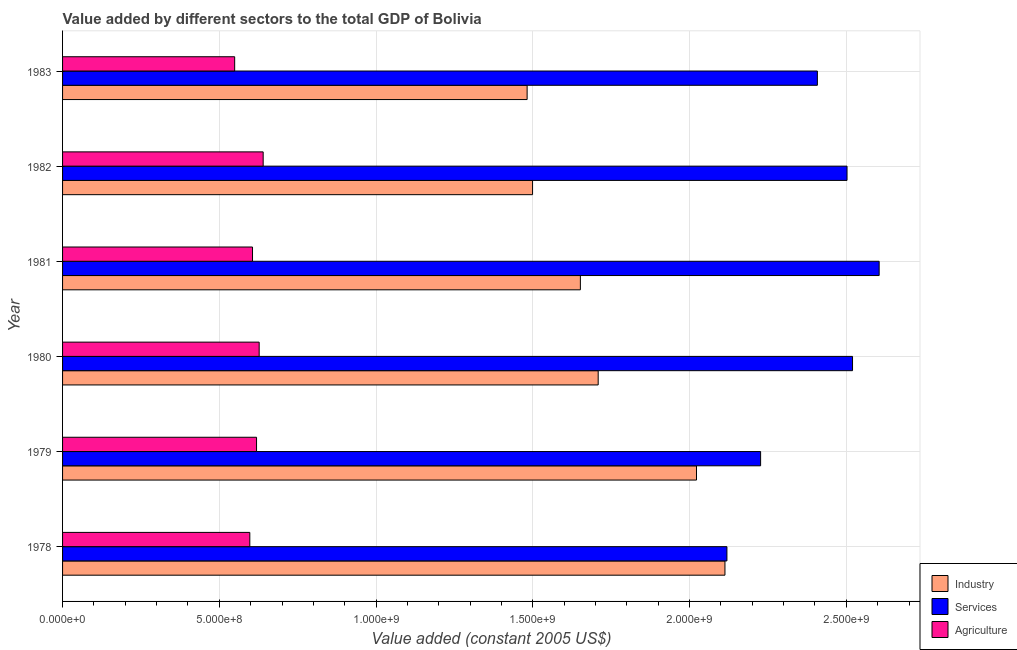
| Year | Industry | Services | Agriculture |
 | --- | --- | --- | --- |
 | 1978 | 2.11e+09 | 2.12e+09 | 5.97e+08 |
 | 1979 | 2.02e+09 | 2.23e+09 | 6.19e+08 |
 | 1980 | 1.71e+09 | 2.52e+09 | 6.27e+08 |
 | 1981 | 1.65e+09 | 2.6e+09 | 6.06e+08 |
 | 1982 | 1.5e+09 | 2.5e+09 | 6.4e+08 |
 | 1983 | 1.48e+09 | 2.41e+09 | 5.49e+08 |